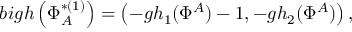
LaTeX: b i g h \left( \Phi _ { A } ^ { * ( 1 ) } \right) = \left( - g h _ { 1 } ( \Phi ^ { A } ) - 1 , - g h _ { 2 } ( \Phi ^ { A } ) \right) ,